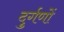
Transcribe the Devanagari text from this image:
दुर्गणों